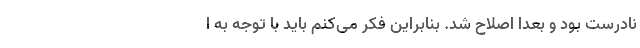
نادرست بود و بعدا اصلاح شد. بنابراین فکر می‌کنم باید با توجه به ا